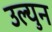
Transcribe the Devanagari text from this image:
उल्युन